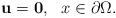
LaTeX: \begin{align*}\mathbf{u}=\mathbf{0},\ \ x\in\partial\Omega.\end{align*}